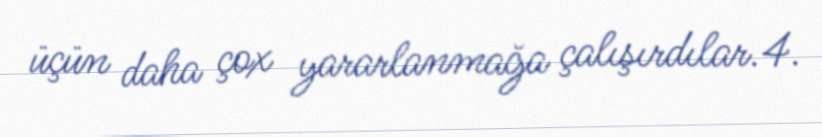
üçün daha çox yararlanmağa çalışırdılar.4.